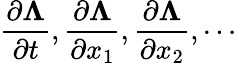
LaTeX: \frac{\partial\boldsymbol{\Lambda}}{\partial t},\frac{\partial\boldsymbol{\Lambda}}{\partial x_{1}},\frac{\partial\boldsymbol{\Lambda}}{\partial x_{2}},\cdots